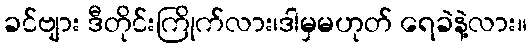
ခင်ဗျား ဒီတိုင်းကြိုက်လား၊ဒါမှမဟုတ် ရေခဲနဲ့လား။